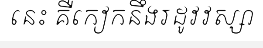
នេះ គឺកៀកនឹងរដូវវស្សា